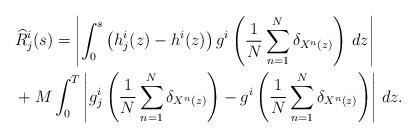
LaTeX: \begin{align*}&\widehat{R}_j^i (s) = \left| \int_0^s \left( h_j^i (z) - h^i(z) \right) g^i\left(\frac{1}{N}\sum_{n=1}^{N} \delta_{X^n (z)} \right) \, dz \right| \\&+ M \int_0^T \left| g^i_j\left( \frac{1}{N}\sum_{n=1}^{N} \delta_{X^n (z)} \right)- g^i\left( \frac{1}{N}\sum_{n=1}^{N} \delta_{X^n (z)}\right)\right| \, dz.\end{align*}